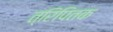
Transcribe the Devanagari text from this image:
त्रिपितक